Indian journal of veterinary science and animal husbandry - Volumes 15-17, 1948-1951
Year: 1948
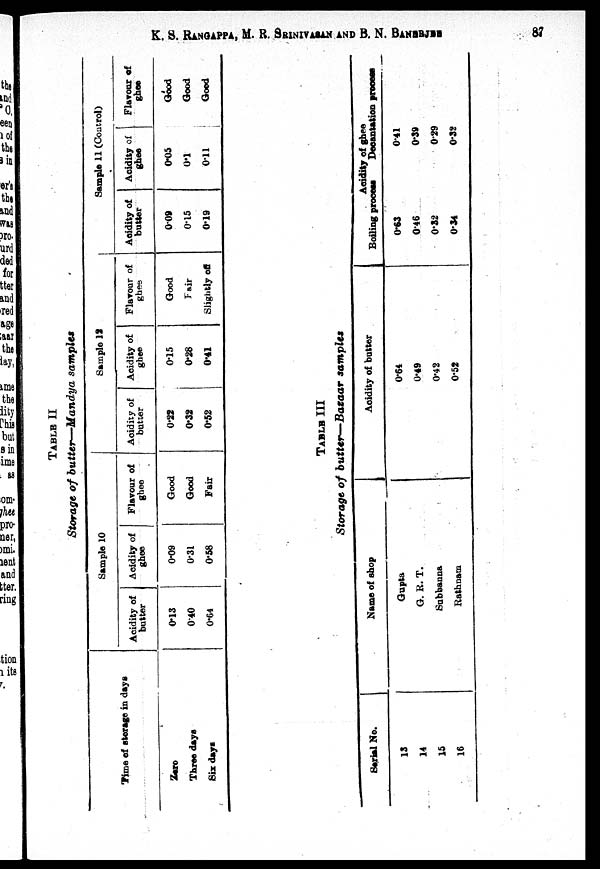
K. S. RANGAPPA, M. R. SRINIVASAN AND B. N. BANERJEE 87
Time of storage in days
Zero
Three days
Six days
Sample 10
Acidity of
butter
0.13
040
0.64
Acidity of
ghee
0.09
0.31
0.58
Flavour of
ghee
Good
Good
Fair
Sample 12
Acidity of
butter
0.22
0.32
0.52
Acidity of
ghee
0.15
0.28
0.41
Flavour of
ghes
Good
Fair
Slightly off
Sample 11 (Coutrol)
Acidity of
butter
0.09
0.15
0.19
Acidity of
ghee
0.05
0.1
0.11
Flavour of
ghee
Good
Good
Good
TABLE III
Storage of butter—Bazaar samples
Serial No.
13
14
15
16
Name of shop
Gupta
G. R. T.
Subbanna
Rathnam
Acidity of butter
0.64
0.49
0.42
0.52
Acidity of ghee
Boiling process
0.63
0.46
0.32
0.34
Decantation proeess
0.41
0.39
0.29
0.32